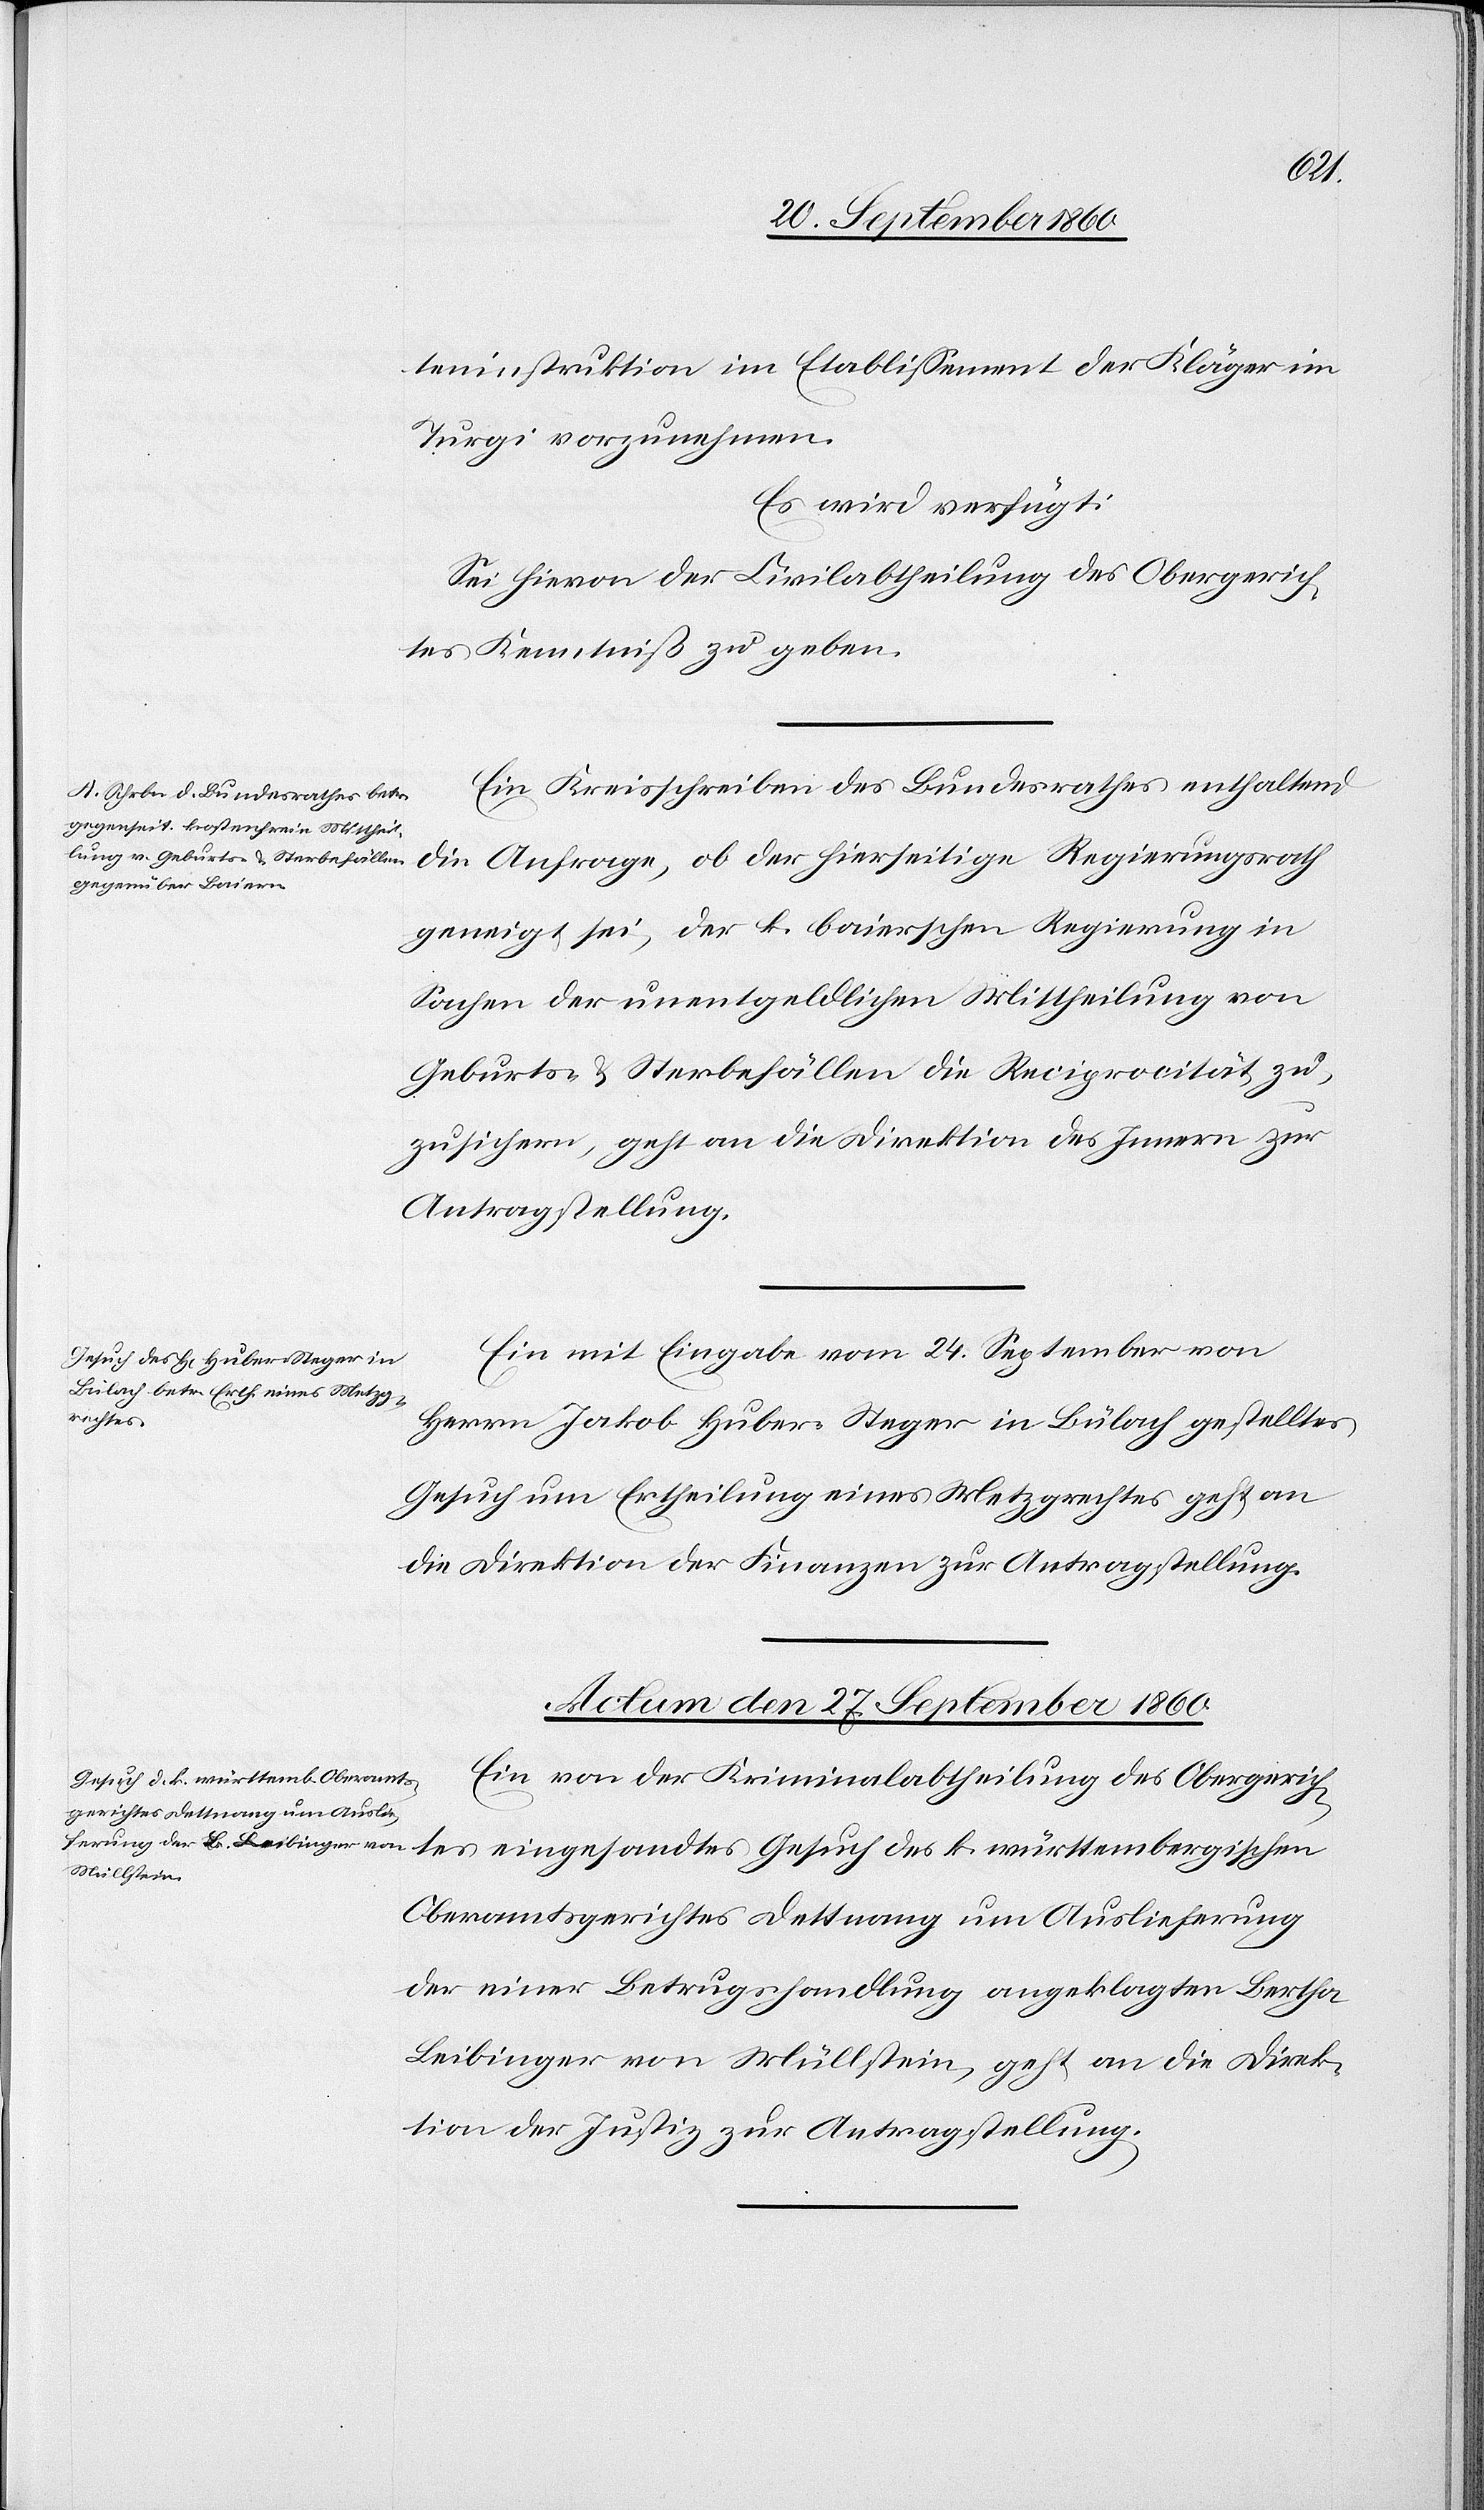
teninstruktion im Etablissement der Kläger im
Turgi vorzunehmen.
Es wird verfügt:
Sei hievon der Civilabtheilung des Obergerich¬
tes Kenntniß zu geben.
Ein Kreisschreiben des Bundesrathes enthaltend
die Anfrage, ob der hierseitige Regierungsrath
geneigt sei, der k. baierschen Regierung in
Sachen der unentgeldlichen Mittheilung von
Geburts- & Sterbefällen die Reciprocität zu¬
zusichern, geht an die Direktion des Innern zur
Antragstellung.
Ein mit Eingabe vom 24. September von
Herrn Jakob Huber-Steger in Bülach gestelltes
Gesuch um Ertheilung eines Metzgrechtes geht an
die Direktion der Finanzen zur Antragstellung.
Actum den 27. September 1860.
Ein von der Kriminalabtheilung des Obergerichtes
Oberamtsgerichtes Dettnang um Auslieferung
der einer Betrugshandlung angeklagten Bertha
Beibinger von Müllstein, geht an die Direk¬
tion der Justiz zur Antragstellung-